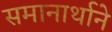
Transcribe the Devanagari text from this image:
समानार्थाने